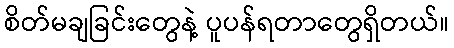
စိတ်မချခြင်းတွေနဲ့ ပူပန်ရတာတွေရှိတယ်။